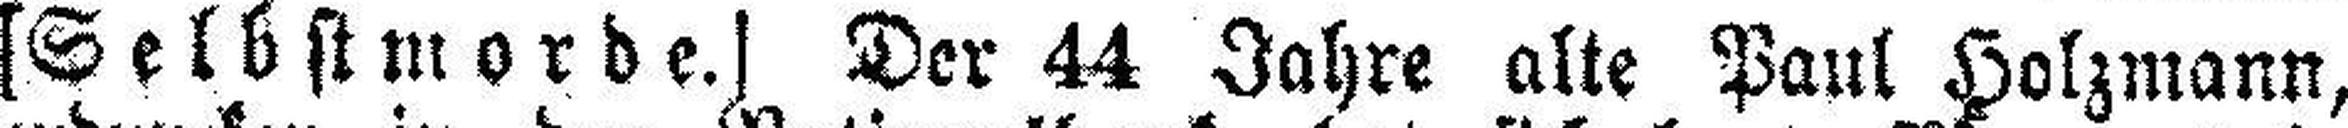
[Selbstmorde.] Der 44 Jahre alte Paul Holzmann,